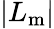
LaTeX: |L_{\mathrm{m}}|